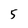
Character: 5